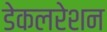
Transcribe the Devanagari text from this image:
डेकलरेशन